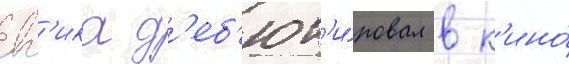
вг'ика д'еб'ют'и́ровал в к'ино́